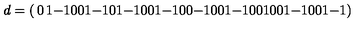
d = \left( \begin{matrix} { 0 } & { 1 } & { - 1 } & { 0 } & { 0 } & { 1 } & { - 1 } & { 0 } \\ { 1 } & { - 1 } & { 0 } & { 0 } & { 1 } & { - 1 } & { 0 } & { 0 } \\ { - 1 } & { 0 } & { 0 } & { 1 } & { - 1 } & { 0 } & { 0 } & { 1 } \\ { 0 } & { 0 } & { 1 } & { - 1 } & { 0 } & { 0 } & { 1 } & { - 1 } \\ \end{matrix} \right)